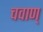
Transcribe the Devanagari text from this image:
चवाण्